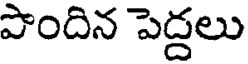
పొందిన పెద్దలు